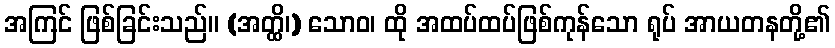
အကြင် ဖြစ်ခြင်းသည်။ (အတ္ထိ၊) သောဝ၊ ထို အထပ်ထပ်ဖြစ်ကုန်သော ရုပ် အာယတနတို့၏